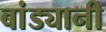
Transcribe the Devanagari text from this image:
बांड्यानी